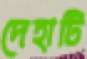
দেহাটি